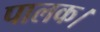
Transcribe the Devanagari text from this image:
पालक।